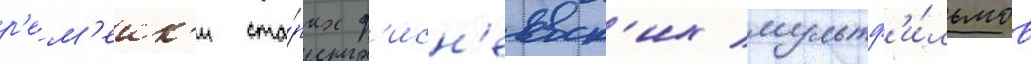
р'ем'еик'и ста́рых д'исн'еевск'их мультф'и́льмов